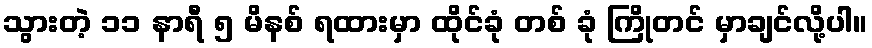
သွားတဲ့ ၁၁ နာရီ ၅ မိနစ် ရထားမှာ ထိုင်ခုံ တစ် ခုံ ကြိုတင် မှာချင်လို့ပါ။